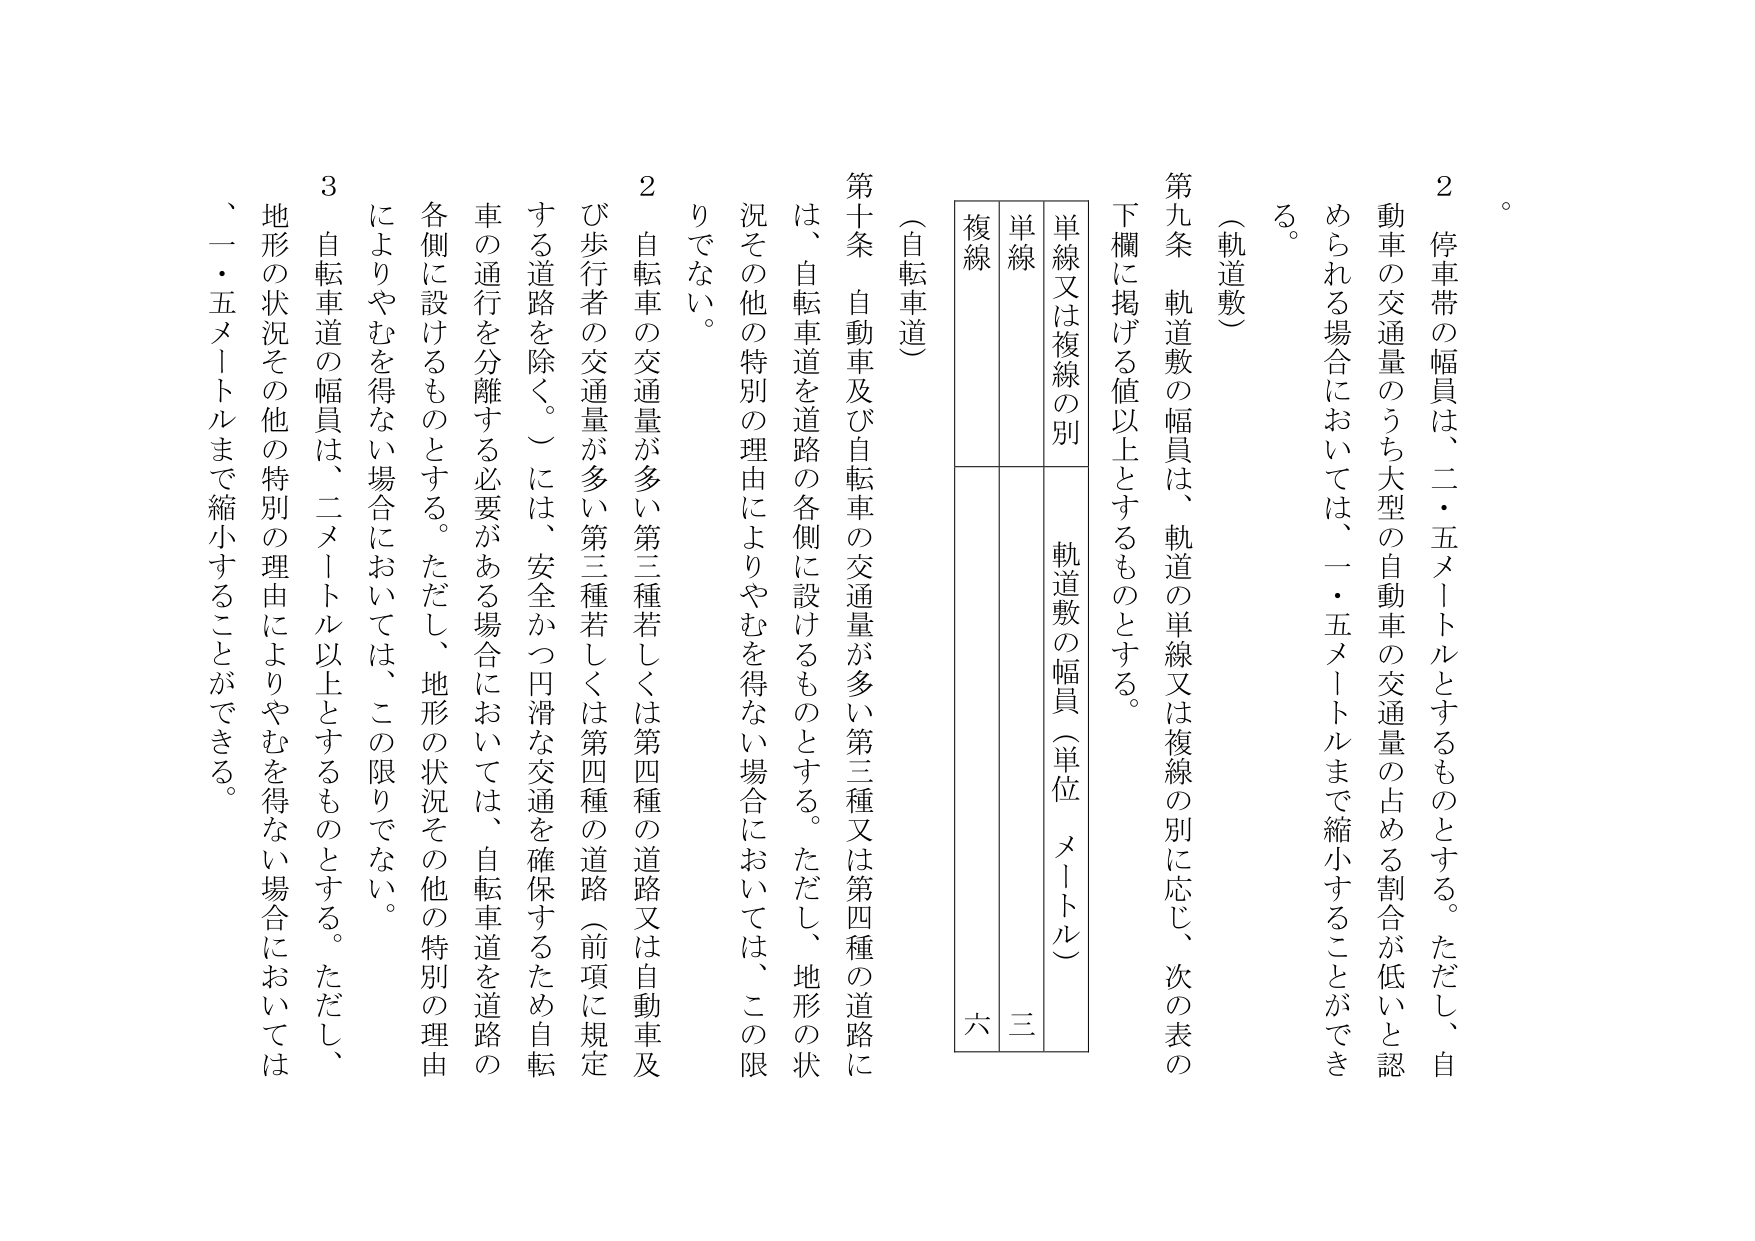
２　停車帯の幅員は、二・五メートルとするものとする。ただし、自動車の交通量のうち大型の自動車の交通量の占める割合が低いと認められる場合においては、一・五メートルまで縮小することができる。

（軌道敷）

第九条　軌道敷の幅員は、軌道の単線又は複線の別に応じ、次の表の下欄に掲げる値以上とするものとする。

　　単線又は複線の別　　　軌道敷の幅員（単位　メートル）
　　単線　　　　　　　　　　三
　　複線　　　　　　　　　　六

（自転車道）

第十条　自動車及び自転車の交通量が多い第三種又は第四種の道路には、自転車道を道路の各側に設けるものとする。ただし、地形の状況その他の特別の理由によりやむを得ない場合においては、この限りでない。

２　自転車の交通量が多い第三種若しくは第四種の道路又は自動車及び歩行者の交通量が多い第三種若しくは第四種の道路（前項に規定する道路を除く。）には、安全かつ円滑な交通を確保するため自転車の通行を分離する必要がある場合においては、自転車道を道路の各側に設けるものとする。ただし、地形の状況その他の特別の理由によりやむを得ない場合においては、この限りでない。

３　自転車道の幅員は、二メートル以上とするものとする。ただし、地形の状況その他の特別の理由によりやむを得ない場合においては、一・五メートルまで縮小することができる。